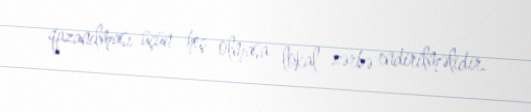
qazanılması üçün heç olmasa lokal zərbə endirilməlidir.